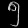
Digit: ၅